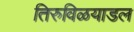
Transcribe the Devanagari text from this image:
तिरुविळयाडल